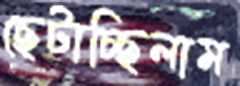
ছেটাচ্ছিলাম